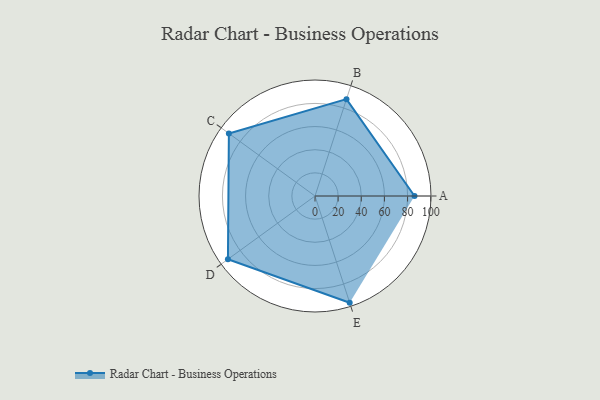
{"axis": {"x": "Skill", "y": "Score"}, "legend": ["Profile"], "data": [{"x": "A", "y": 86.0, "type": "Profile"}, {"x": "B", "y": 88.0, "type": "Profile"}, {"x": "C", "y": 92.0, "type": "Profile"}, {"x": "D", "y": 93.0, "type": "Profile"}, {"x": "E", "y": 97.0, "type": "Profile"}]}